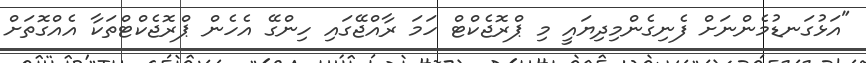
"އަޅުގަނޑުމެންނަށް ފެނިގެންމިދިޔައީ މި ޕްރޮޖެކްޓް ހަމަ ރާއްޖޭގައި ހިންގޭ އެހެން ޕްރޮޖެކްޓްތަކާ އެއްގޮތަށް